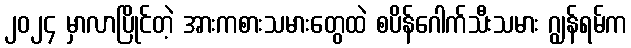
၂၀၂၄ မှာလာပြိုင်တဲ့ အားကစားသမားတွေထဲ စပိန်ဂေါက်သီးသမား ဂျွန်ရမ်က